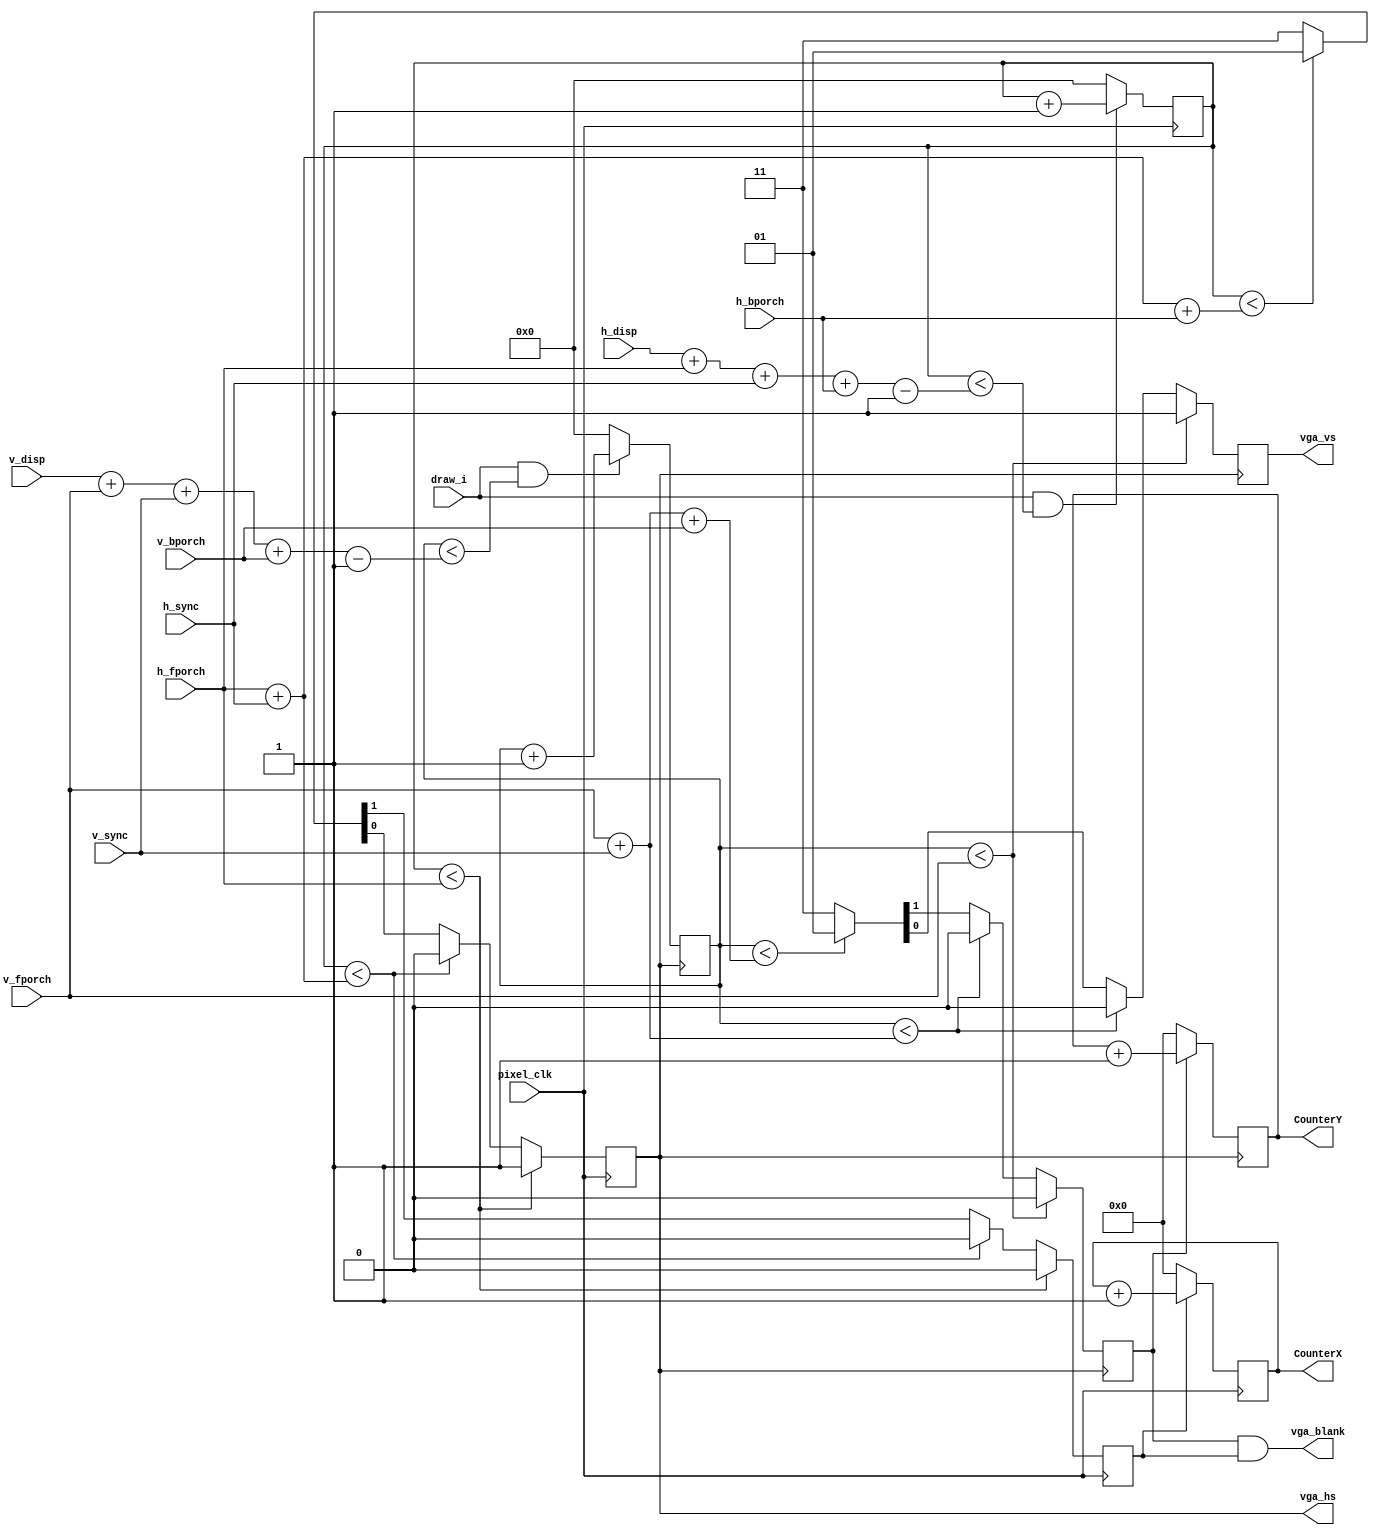
module vga_time_generator(

input       pixel_clk,
input			draw_i,

input [11:0]h_disp,
input [11:0]h_fporch,
input [11:0]h_sync,   
input [11:0]h_bporch,

input [11:0]v_disp,
input [11:0]v_fporch,
input [11:0]v_sync,   
input [11:0]v_bporch,

output     vga_hs,
output     vga_vs,
output     vga_blank,
output  reg[15:0]CounterY,
output  reg[15:0]CounterX

);

// Horizontal Synchronization
wire [11:0]h_total;
assign h_total = h_disp+h_fporch+h_sync+h_bporch;	
reg [11:0]h_counter;
reg VGA_HS_o;
reg VGA_BLANK_HS_o;
// Horizontal counter
always @(posedge pixel_clk)begin
	if (draw_i && (h_counter  < (h_total-11'd1)) ) h_counter <= h_counter+11'd1;
	else h_counter <= 0;
end
// H Synch generation
always @(posedge pixel_clk)begin
	if (h_counter < h_fporch) {VGA_BLANK_HS_o,VGA_HS_o}=2'b01;								// front porch
	else if (h_counter < h_fporch+h_sync) {VGA_BLANK_HS_o,VGA_HS_o}=2'b00;				// synch window
	else if (h_counter < h_fporch+h_sync+h_bporch) {VGA_BLANK_HS_o,VGA_HS_o}=2'b01;	// back porch
	else {VGA_BLANK_HS_o,VGA_HS_o}=2'b11;															// display window
end

// Vertical Synchronization
wire [11:0]v_total;
assign v_total = v_disp+v_fporch+v_sync+v_bporch;
reg [11:0]v_counter;
reg VGA_VS_o;
reg VGA_BLANK_VS_o;
// Vertical counter
always @(posedge vga_hs)begin
	if (draw_i && (v_counter < (v_total-11'd1)) ) v_counter <= v_counter+11'd1;
	else v_counter <= 0;
end
// V Synch generation
always @(posedge vga_hs)begin
	  if (v_counter < v_fporch) {VGA_BLANK_VS_o,VGA_VS_o}=2'b01;							// front porch
	  else if (v_counter < v_fporch+v_sync) {VGA_BLANK_VS_o,VGA_VS_o}=2'b00;			// synch window
	  else if (v_counter < v_fporch+v_sync+v_bporch) {VGA_BLANK_VS_o,VGA_VS_o}=2'b01;// back porch
	  else {VGA_BLANK_VS_o,VGA_VS_o}=2'b11;														// display window
end

// VGA sync pin output
assign vga_hs=VGA_HS_o;
assign vga_vs=VGA_VS_o;
assign vga_blank=VGA_BLANK_VS_o & VGA_BLANK_HS_o;

// Keep track of pixel position
always @(posedge pixel_clk)begin
if(!VGA_BLANK_HS_o)CounterX <= 0;
else CounterX <= CounterX+15'd1;
end

always @(posedge vga_hs)begin
if(!VGA_BLANK_VS_o)CounterY <= 0;
else CounterY <= CounterY+15'd1;
end

endmodule